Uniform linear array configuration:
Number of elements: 48
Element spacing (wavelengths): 0.75
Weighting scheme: cosine
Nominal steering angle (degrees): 0
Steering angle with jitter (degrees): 1.035
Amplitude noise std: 0.05
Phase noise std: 0.05

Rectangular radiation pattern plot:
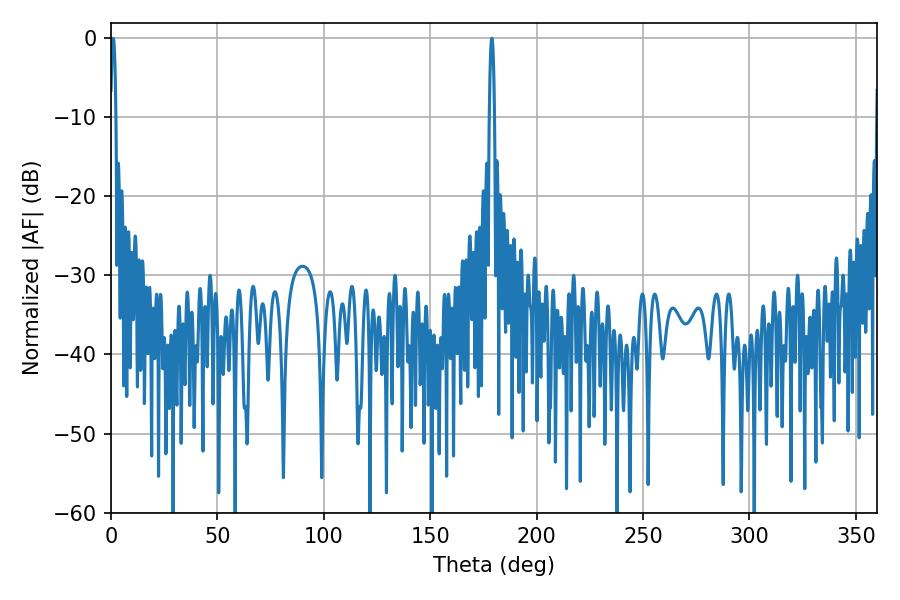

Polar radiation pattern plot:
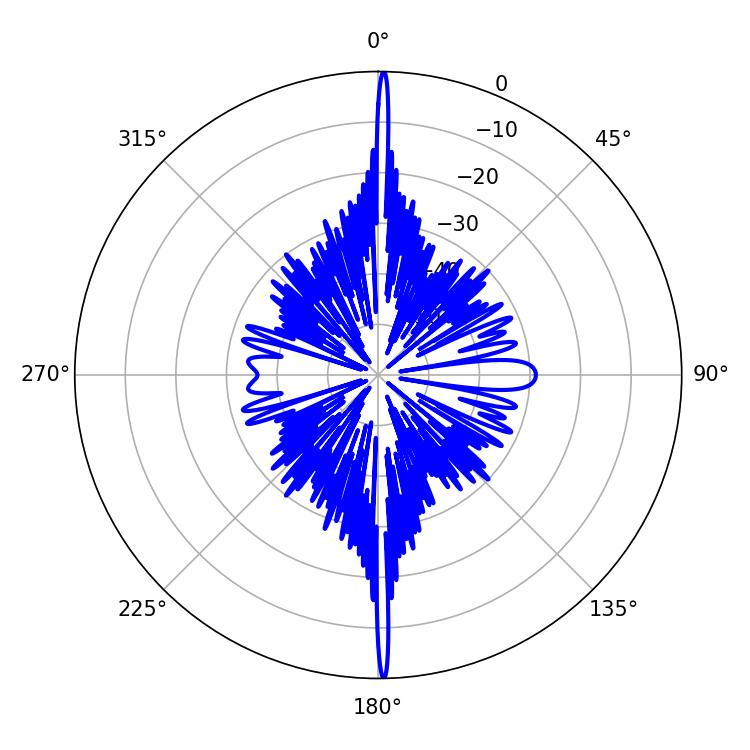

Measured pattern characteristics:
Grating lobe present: TRUE
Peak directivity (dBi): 32.233
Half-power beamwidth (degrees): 1.26
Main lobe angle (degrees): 178.92